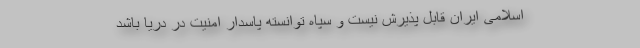
اسلامی ایران قابل پذیرش نیست و سپاه توانسته پاسدار امنیت در دریا باشد